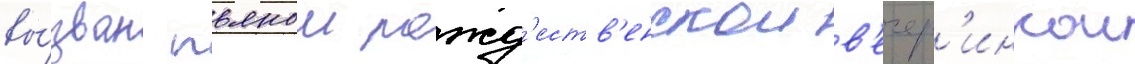
вы́зван пьянои рожд'еств'енскои в'ечер'инкои